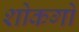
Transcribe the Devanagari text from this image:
शोकगो